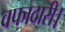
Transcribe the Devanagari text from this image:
वफादारी।